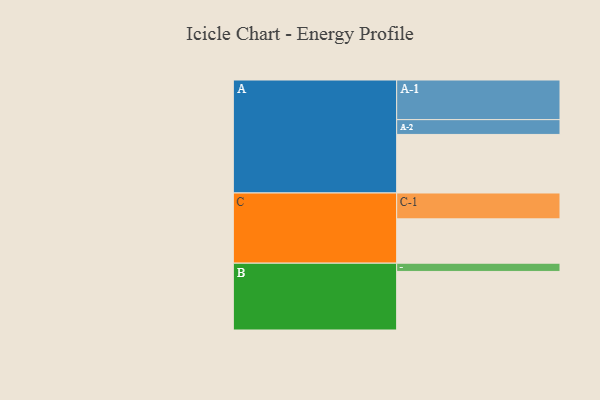
{"axis": {"x": "Segment", "y": "Value"}, "legend": ["", "A", "B", "C"], "data": [{"x": "A", "y": 412, "type": ""}, {"x": "B", "y": 412, "type": ""}, {"x": "C", "y": 312, "type": ""}, {"x": "A-1", "y": 279, "type": "A"}, {"x": "A-2", "y": 104, "type": "A"}, {"x": "B-1", "y": 58, "type": "B"}, {"x": "C-1", "y": 182, "type": "C"}]}